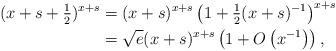
LaTeX: \begin{align*} (x + s+\tfrac12)^{x+s} & = (x+s)^{x+s} \left( 1 + \tfrac12(x+s)^{-1} \right)^{x+s} \\ & = \sqrt{e} (x+s)^{x+s} \left(1 + O\left(x^{-1}\right) \right),\end{align*}